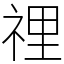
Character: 𥚃